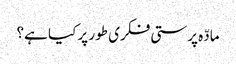
مادّہ پرستی فکری طور پر کیا ہے؟